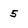
Character: 5